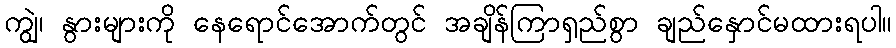
ကျွဲ၊ နွားများကို နေရောင်အောက်တွင် အချိန်ကြာရှည်စွာ ချည်နှောင်မထားရပါ။